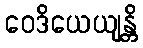
ဝေဒိယေယျန္တိ